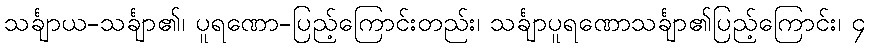
သင်္ချာယ-သင်္ချာ၏၊ ပူရဏော-ပြည့်ကြောင်းတည်း၊ သင်္ချာပူရဏောသင်္ချာ၏ပြည့်ကြောင်း၊ ၄